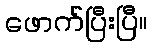
ဖောက်ပြီးပြီ။